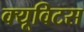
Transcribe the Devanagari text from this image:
क्यूविटस